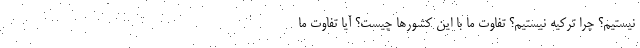
نیستیم؟ چرا ترکیه نیستیم؟ تفاوت ما با این کشورها چیست؟ آیا تفاوت ما